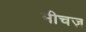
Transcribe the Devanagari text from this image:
मीचज़